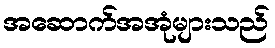
အဆောက်အအုံများသည်